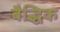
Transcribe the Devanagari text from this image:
बैद्धिक